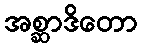
အစ္ဆာဒိတော